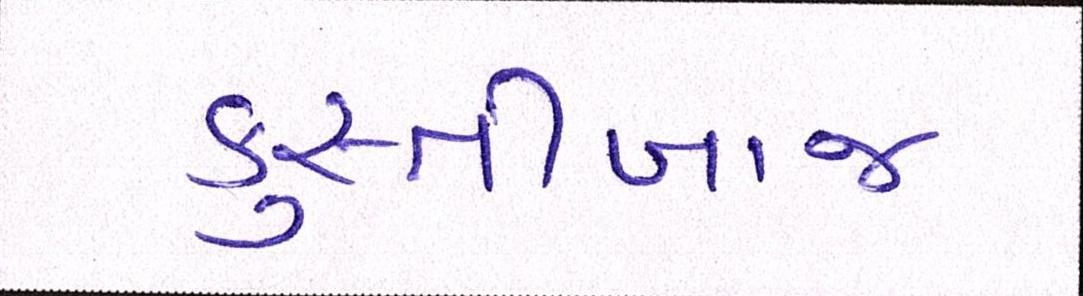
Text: કુસ્તીબાજ